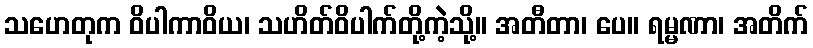
သဟေတုက ဝိပါကာဝိယ၊ သဟိတ်ဝိပါက်တို့ကဲ့သို့။ အတီတာ၊ ပေ။ ရမ္မဏာ၊ အတိက်